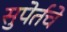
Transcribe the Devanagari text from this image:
सुपेर्तचे